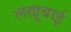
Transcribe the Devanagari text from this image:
लखूबाई